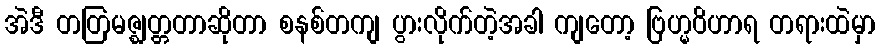
အဲဒီ တတြမဇ္ဈတ္တတာဆိုတာ စနစ်တကျ ပွားလိုက်တဲ့အခါ ကျတော့ ဗြဟ္မဝိဟာရ တရားထဲမှာ